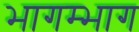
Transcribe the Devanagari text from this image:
भागम्भाग